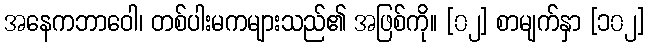
အနေကဘာဝေါ၊ တစ်ပါးမကများသည်၏ အဖြစ်ကို။ [၀၂] စာမျက်နှာ [၁၀၂]